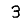
Digit: 3